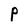
Character: P